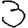
Digit: 3